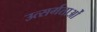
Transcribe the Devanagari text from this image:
उत्सर्गताओं